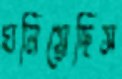
ঘনিয়েছিস